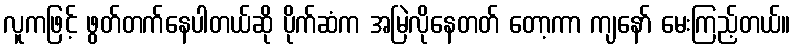
လူကဖြင့် ဖွတ်တက်နေပါတယ်ဆို ပိုက်ဆံက အမြဲလိုနေတတ် တော့ကာ ကျနော် မေးကြည့်တယ်။